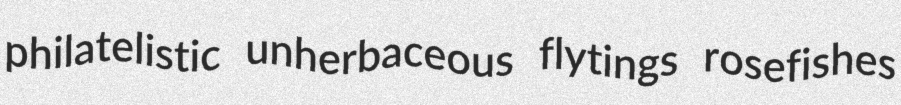
philatelistic unherbaceous flytings rosefishes